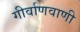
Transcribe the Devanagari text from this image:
गीर्वाणवाणी